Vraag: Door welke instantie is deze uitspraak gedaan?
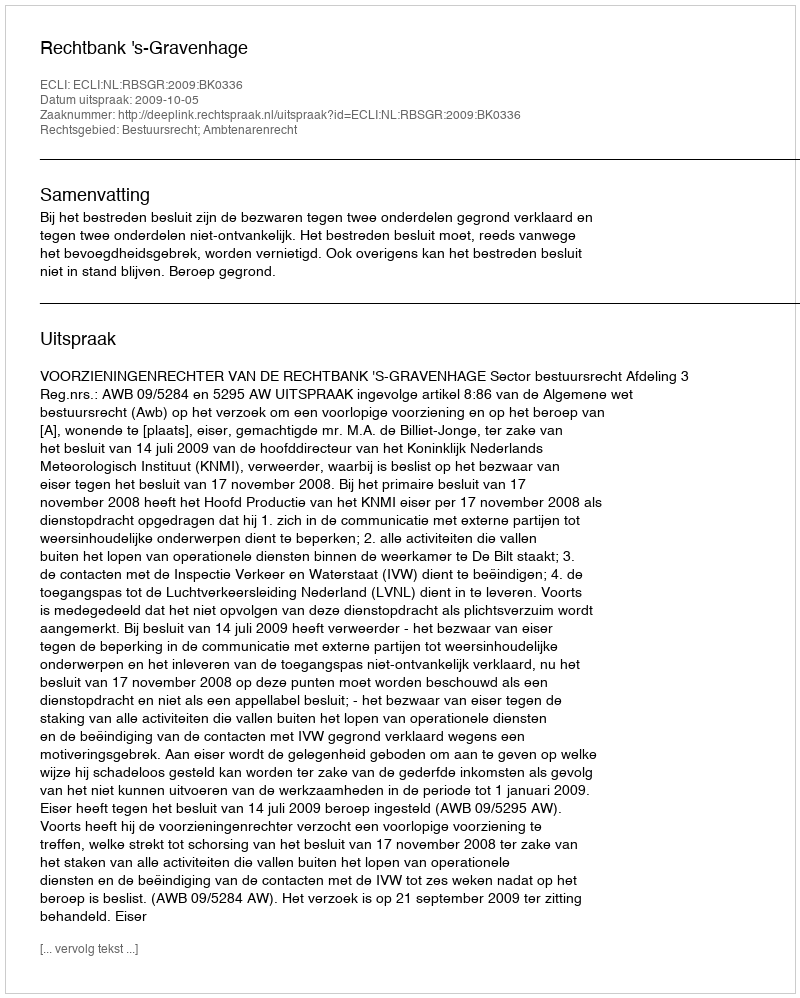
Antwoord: Rechtbank 's-Gravenhage